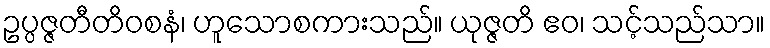
ဥပ္ပဇ္ဇတီတိဝစနံ၊ ဟူသောစကားသည်။ ယုဇ္ဇတိ ဧဝ၊ သင့်သည်သာ။